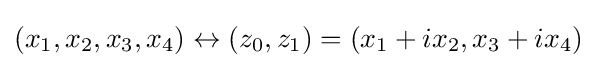
(x_{1},x_{2},x_{3},x_{4})\leftrightarrow (z_{0},z_{1})=(x_{1}+ix_{2},x_{3}+ix_{4})